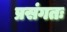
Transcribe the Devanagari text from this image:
प्रसंगतः